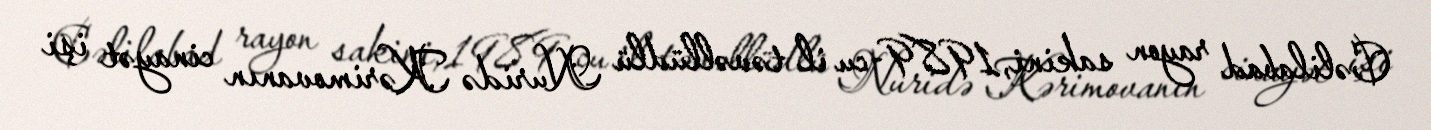
Cəlilabad rayon sakini, 1989-cu il təvəllüdlü Nuridə Kərimovanın cinayət işi